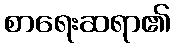
စာရေးဆရာ၏